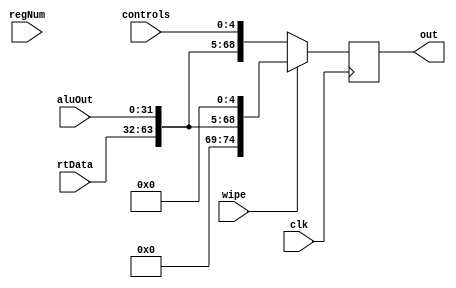
module EReg_extended(
	input [4:0]controls,
	input [31:0]aluOut,
	input [31:0]rtData,
	input [5:0]regNum,
	input clk,
	input wipe,
	output reg [74:0]out);

	always @(negedge clk) begin
		if(wipe==1) begin
			out<={6'b000000, rtData, aluOut, 5'b00000};//add $0, $0, $0
		end
		else begin
			out<={regNum, rtData, aluOut, controls};
		end
	end

endmodule